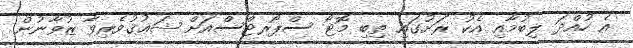
އެ ހުއްދަ ލިބުމާއި އެކު ރަށުގައި ތިބި މޮޓޯ ސްޕޯރޓްސްއަށް ޝަޢުޤުވެރިވާ ޒުވާނުން